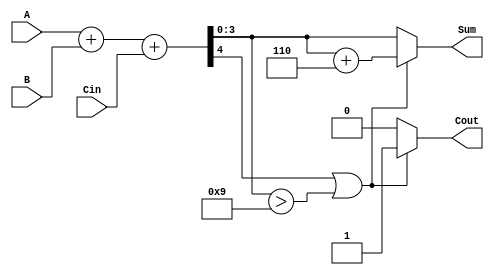
module BCD_Adder (
    input  wire [3:0] A,      // First BCD digit
    input  wire [3:0] B,      // Second BCD digit
    input  wire Cin,          // Carry-in
    output reg  [3:0] Sum,    // BCD Sum output
    output reg  Cout          // Carry-out
);

    wire [4:0] temp_sum;      // Temporary sum (5 bits to accommodate carry)
    
    // Step 1: Add A, B and Cin
    assign temp_sum = A + B + Cin;

    // Step 2: Check for BCD correction
    always @(*) begin
        if (temp_sum[4] || (temp_sum[3:0] > 4'b1001)) begin
            // If carry out or sum exceeds 9, apply correction
            Sum = temp_sum[3:0] + 4'b0110; // Add 6 for correction
            Cout = 1'b1;                   // Set carry out
        end else begin
            // No correction needed
            Sum = temp_sum[3:0];
            Cout = 1'b0;                   // No carry out
        end
    end

endmodule